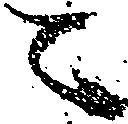
ニ